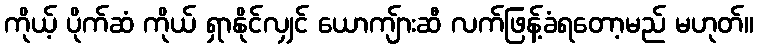
ကိုယ့် ပိုက်ဆံ ကိုယ် ရှာနိုင်လျှင် ယောကျ်ားဆီ လက်ဖြန့်ခံရတော့မည် မဟုတ်။